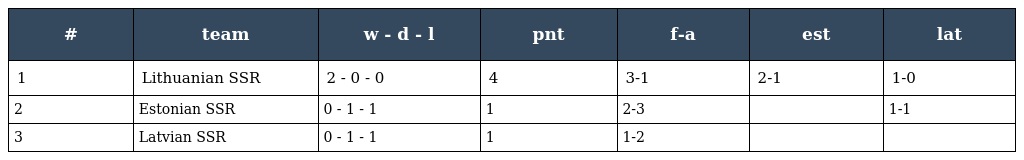
| # | team | w - d - l | pnt | f-a | est | lat |
 | --- | --- | --- | --- | --- | --- | --- |
 | 1 | Lithuanian SSR | 2 - 0 - 0 | 4 | 3-1 | 2-1 | 1-0 |
 | 2 | Estonian SSR | 0 - 1 - 1 | 1 | 2-3 |  | 1-1 |
 | 3 | Latvian SSR | 0 - 1 - 1 | 1 | 1-2 |  |  |